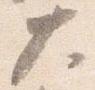
大